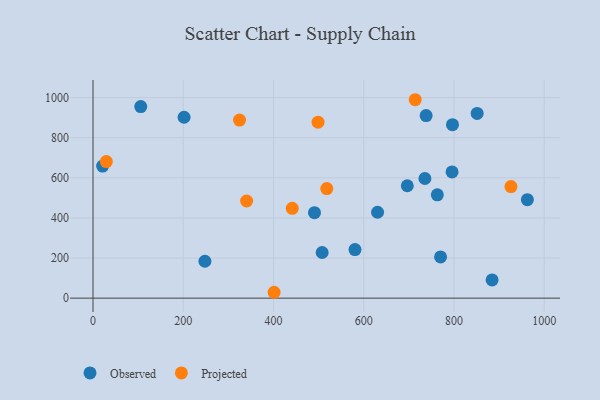
{"axis": {"x": "Study Hours", "y": "Rating"}, "legend": ["Observed", "Projected"], "data": [{"x": "580.6", "y": 242.3, "type": "Observed"}, {"x": "248.0", "y": 183.9, "type": "Observed"}, {"x": "738.2", "y": 910.3, "type": "Observed"}, {"x": "962.6", "y": 490.9, "type": "Observed"}, {"x": "796.6", "y": 864.8, "type": "Observed"}, {"x": "630.6", "y": 428.4, "type": "Observed"}, {"x": "770.2", "y": 205.8, "type": "Observed"}, {"x": "490.8", "y": 426.4, "type": "Observed"}, {"x": "507.8", "y": 227.6, "type": "Observed"}, {"x": "795.7", "y": 629.2, "type": "Observed"}, {"x": "735.5", "y": 596.5, "type": "Observed"}, {"x": "884.4", "y": 91.1, "type": "Observed"}, {"x": "105.8", "y": 955.0, "type": "Observed"}, {"x": "201.8", "y": 902.1, "type": "Observed"}, {"x": "763.0", "y": 515.0, "type": "Observed"}, {"x": "696.5", "y": 560.4, "type": "Observed"}, {"x": "851.3", "y": 921.2, "type": "Observed"}, {"x": "21.3", "y": 658.5, "type": "Observed"}, {"x": "441.5", "y": 447.9, "type": "Projected"}, {"x": "714.0", "y": 989.4, "type": "Projected"}, {"x": "498.7", "y": 877.4, "type": "Projected"}, {"x": "29.5", "y": 681.2, "type": "Projected"}, {"x": "401.3", "y": 29.3, "type": "Projected"}, {"x": "518.1", "y": 546.5, "type": "Projected"}, {"x": "926.2", "y": 556.5, "type": "Projected"}, {"x": "340.4", "y": 484.4, "type": "Projected"}, {"x": "324.7", "y": 887.7, "type": "Projected"}]}